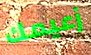
زعيمك